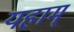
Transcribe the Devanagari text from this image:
यहाम्ं